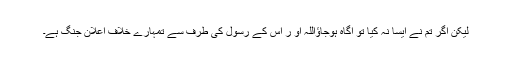
لیکن اگر تم نے ایسا نہ کیا تو اگاہ ہوجاؤاللہ او ر اس کے رسول کی طرف سے تمہارے خلاف اعلان جنگ ہے۔